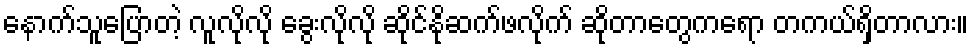
နောက်သူပြောတဲ့ လူလိုလို ခွေးလိုလို ဆိုင်နိုဆက်ဖလိုက် ဆိုတာတွေကရော တကယ်ရှိတာလား။